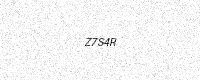
Text: Z7S4R